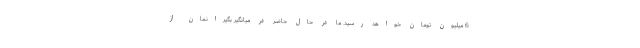
6 میلیون تومان خواهد رسید. ما در حال حاضر در میانگیر بگیرانمان از